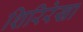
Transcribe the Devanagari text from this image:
शिरिरेखा